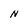
Character: N